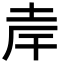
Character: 𪣄